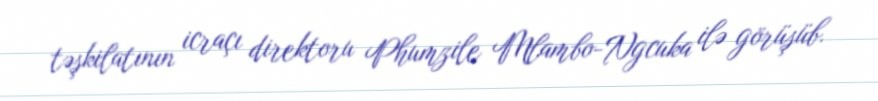
təşkilatının icraçı direktoru Phumzile Mlambo-Ngcuka ilə görüşüb.